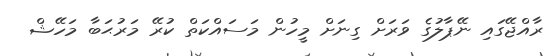
ރާއްޖޭގައި ނޭޕާލުގެ ވަރަށް ގިނަށް މީހުން މަސައްކަތް ކުރޭ މަރުޙަބާ މަހޭޝް